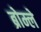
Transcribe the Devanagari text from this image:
ब्रोम्ले